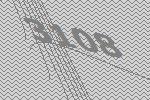
3108